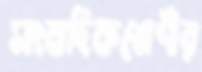
সাংবাদিকশ্রেণীর